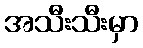
အသီးသီးမှာ